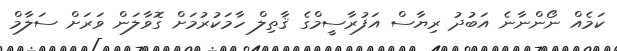
ކަމެއް ނޯންނާނެ އަބުދު ރިޔާސް އަފުރާސީމްގެ ޤާތިލް ހާމަކުރުމަށް ގޮވާލަން ވަރަށް ސަލާމް